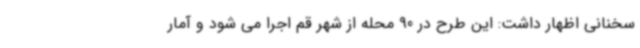
سخنانی اظهار داشت: این طرح در 90 محله از شهر قم اجرا می شود و آمار